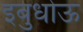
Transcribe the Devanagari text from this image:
इबुधोऊ